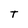
Character: T